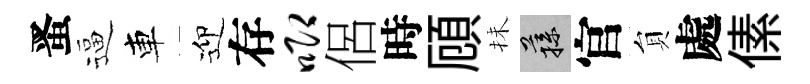
󱉠逼車迎存唧侶時頋抺蓀官貟處傃